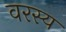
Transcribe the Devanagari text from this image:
वरस्य